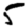
Digit: 5